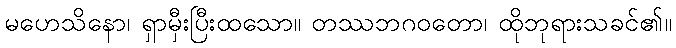
မဟေသိနော၊ ရှာမှီးပြီးထသော။ တဿဘဂဝတော၊ ထိုဘုရားသခင်၏။